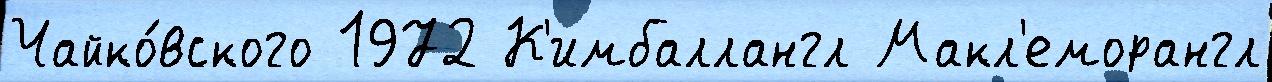
Чайко́вского 1972 К'имбаллангл Макл'еморангл